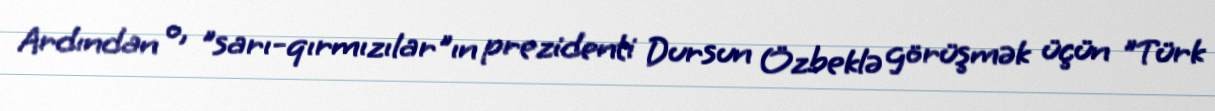
Ardından o, "sarı-qırmızılar"ın prezidenti Dursun Özbeklə görüşmək üçün "Türk